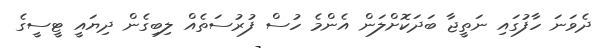
ދެވަނަ ހާފުގައި ނަތީޖާ ބަދަކޮށްލަން އެންމެ ހުސް ފުރުސަތެއް ލިބިގެން ދިޔައީ ޓީސީގެ